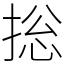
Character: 捴